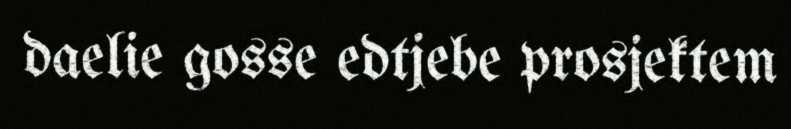
daelie gosse edtjebe prosjektem